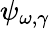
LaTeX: \psi_{\omega,\gamma}